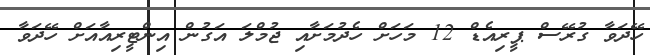
ހޭދަވާ ގުރޭސް ޕީރިއެޑް 12 މަހަށް ހެދުމަށާއި ޖުމްލަ އަގުން އިންޓީރިއާއަށް ހޭދަވާ